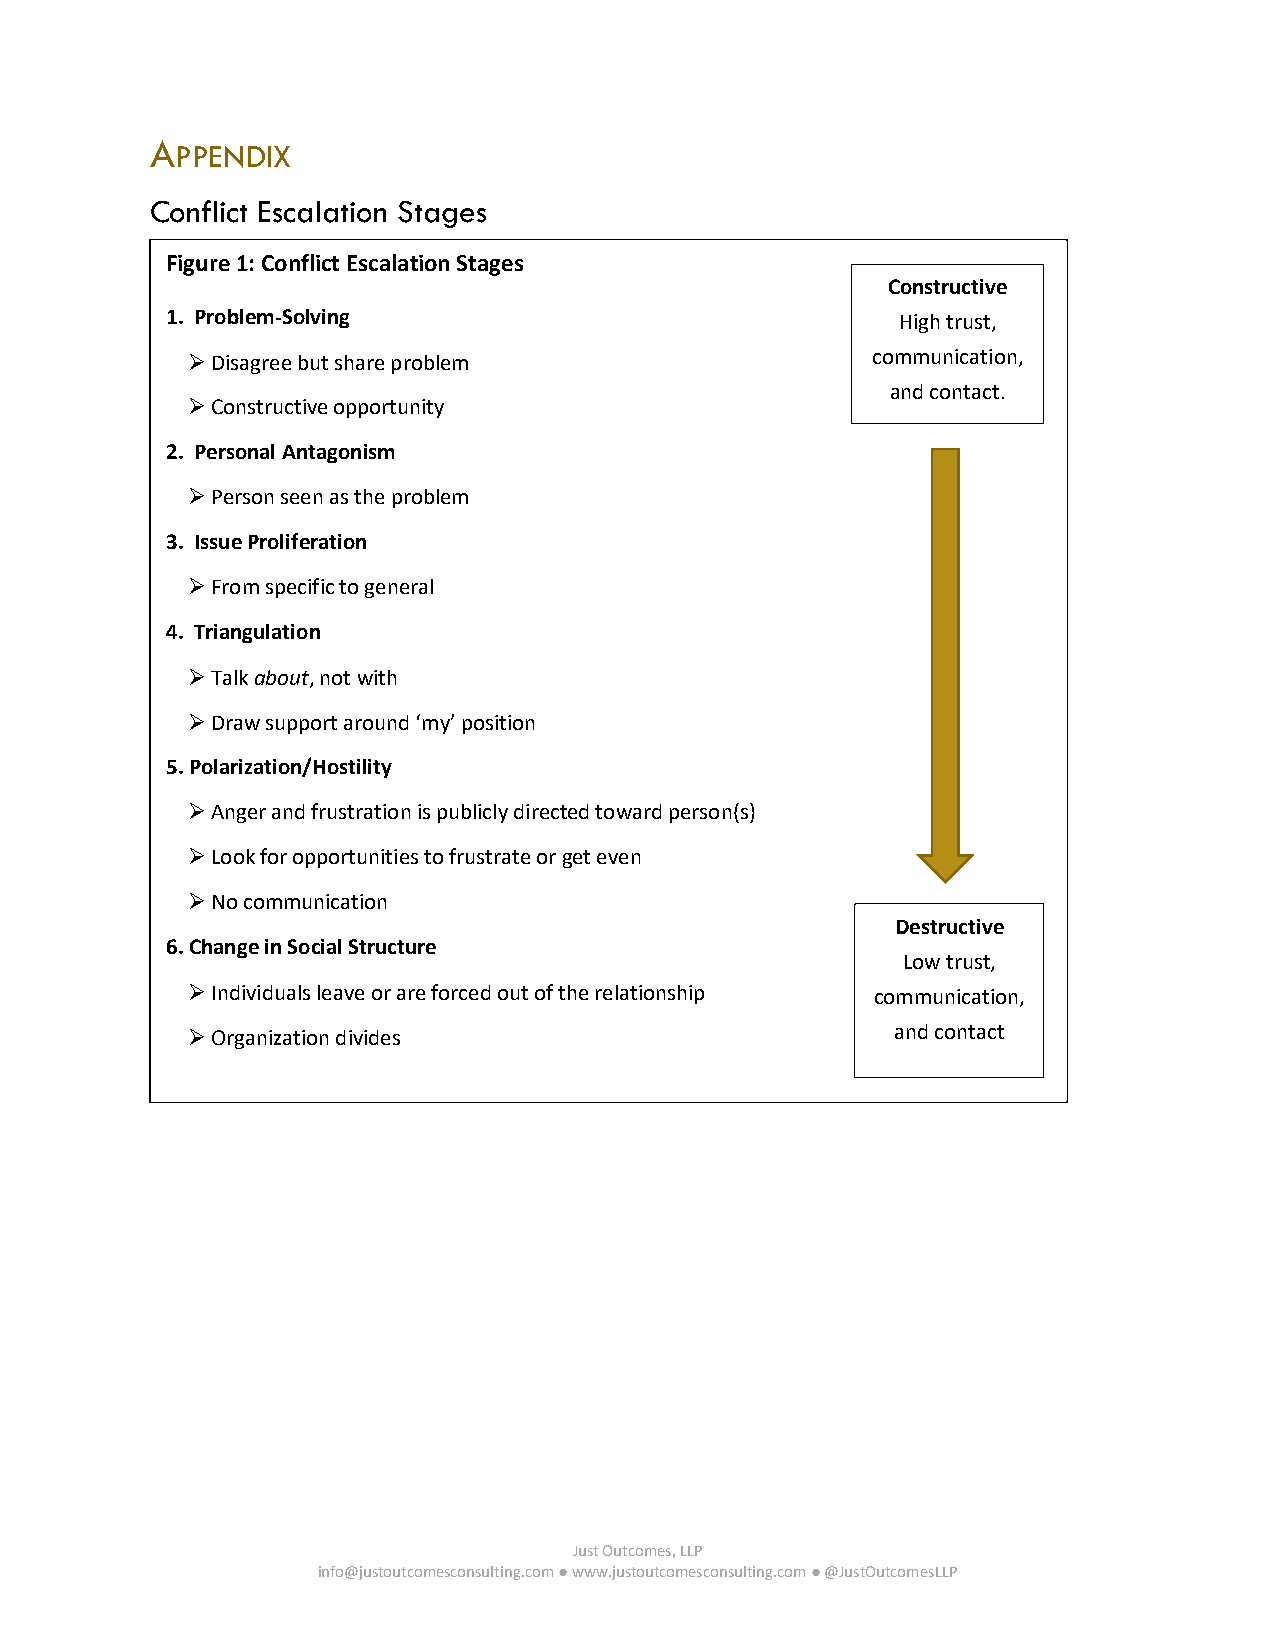
A
 PPENDIX
 Conflict Escalation Stages
 Figure 1: Conflict Escalation Stages
 Constructive
 1. Problem-Solving                               High trust,
 ➢Disagree but share problem                   communication,
 and contact.
 ➢Constructive opportunity
 2. Personal Antagonism
 ➢Person seen as the problem
 3. Issue Proliferation
 ➢From specific to general
 4. Triangulation
 ➢Talk about, not with
 ➢Draw support around ‘my’ position
 5. Polarization/Hostility
 ➢Anger and frustration is publicly directed toward person(s)
 ➢Look for opportunities to frustrate or get even
 ➢No communication
 Destructive
 6. Change in Social Structure
 Low trust,
 ➢Individuals leave or are forced out of the relationship communication,
 ➢Organization divides                          and contact
 Just Outcomes, LLP
 info@justoutcomesconsulting.com ● www.justoutcomesconsulting.com ● @JustOutcomesLLP